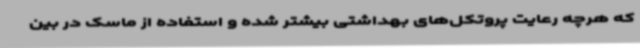
که هرچه رعایت پروتکل‌های بهداشتی بیشتر شده و استفاده از ماسک در بین